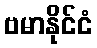
ဗမာနိုင်ငံ